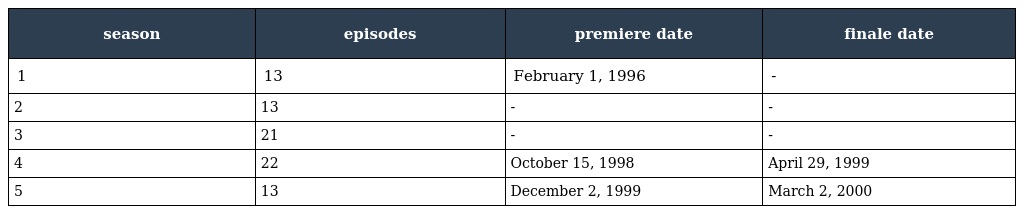
| season | episodes | premiere date | finale date |
 | --- | --- | --- | --- |
 | 1 | 13 | February 1, 1996 | - |
 | 2 | 13 | - | - |
 | 3 | 21 | - | - |
 | 4 | 22 | October 15, 1998 | April 29, 1999 |
 | 5 | 13 | December 2, 1999 | March 2, 2000 |